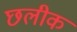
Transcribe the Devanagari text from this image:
छलीक